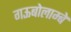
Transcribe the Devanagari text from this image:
गऊबोलाम्बे